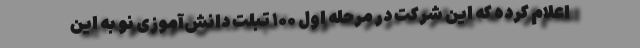
اعلام کرده که این شرکت در مرحله اول ۱۰۰ تبلت دانش‌آموزی نو به این